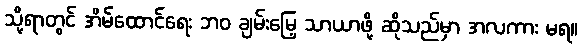
သို့ရာတွင် အိမ်ထောင်ရေး ဘဝ ချမ်းမြေ့ သာယာဖို့ ဆိုသည်မှာ အလကား မရ။